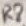
Text: R8